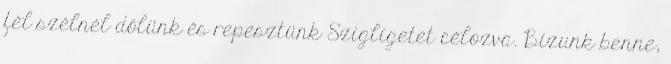
fél szélnél dőlünk és repesztünk Szigligetet célozva. Bízunk benne,